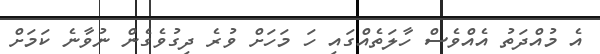
އެ މުއްދަތު އެއްވެސް ހާލަތެއްގައި ހަ މަހަށް ވުރެ ދިގުވެގެން ނުވާނެ ކަމަށް